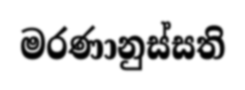
මරණානුස්සති